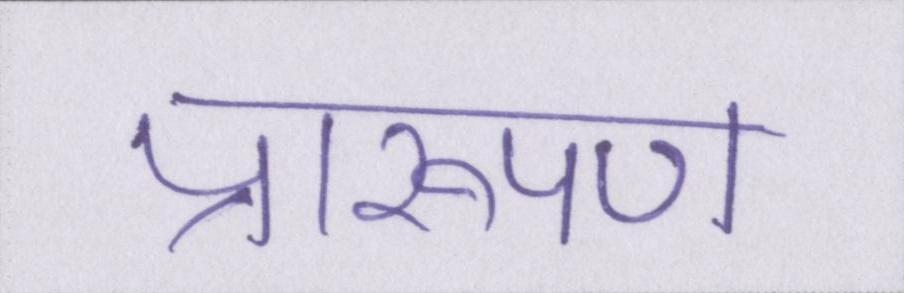
प्रारूपण